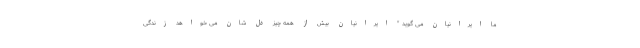
ما ایرانیان می گوید " ایرانیان بیش از همه چیز دل شان می خواهد زندگی